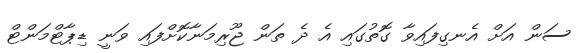
ސަން އަށް އެނގިފައިވާ ގޮތުގައި އެ ދެ ތަން ޖޫރިމަނާކޮށްފައި ވަނީ ޑިޕާޓްމަންޓް